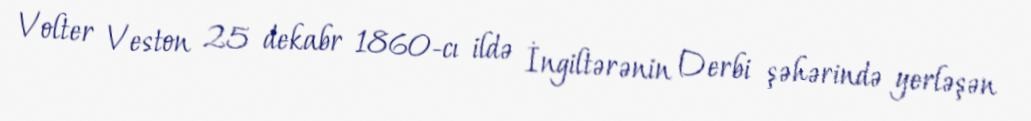
Volter Veston 25 dekabr 1860-cı ildə İngiltərənin Derbi şəhərində yerləşən